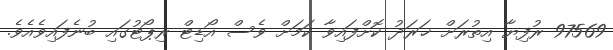
97569 ރުފިޔާ އިތުރަށް ޚަރަދު ކޮށްފައިވާ ކަމަށް ވެސް އޯޑިޓް ރިޕޯޓުގައި ބުނެފައިވެއެވެ.